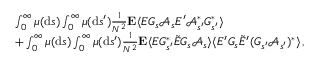
\begin{array} { r l } & { \int _ { 0 } ^ { \infty } \mu ( \mathrm { d } s ) \int _ { 0 } ^ { \infty } \mu ( \mathrm { d } s ^ { \prime } ) \frac { 1 } { N ^ { 2 } } \mathbf { E } \langle E G _ { s } \mathcal { A } _ { s } E ^ { \prime } \mathcal { A } _ { s ^ { \prime } } ^ { * } G _ { s ^ { \prime } } ^ { * } \rangle } \\ & { + \int _ { 0 } ^ { \infty } \mu ( \mathrm { d } s ) \int _ { 0 } ^ { \infty } \mu ( \mathrm { d } s ^ { \prime } ) \frac { 1 } { N ^ { 2 } } \mathbf { E } \langle E G _ { s ^ { \prime } } ^ { * } \tilde { E } G _ { s } \mathcal { A } _ { s } \rangle \langle E ^ { \prime } G _ { s } \tilde { E } ^ { \prime } ( G _ { s ^ { \prime } } \mathcal { A } _ { s ^ { \prime } } ) ^ { * } \rangle \, , } \end{array}